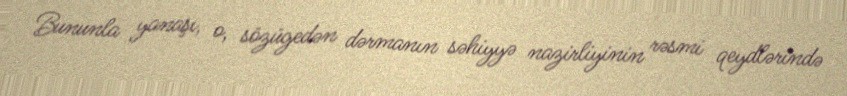
Bununla yanaşı, o, sözügedən dərmanın səhiyyə nazirliyinin rəsmi qeydlərində